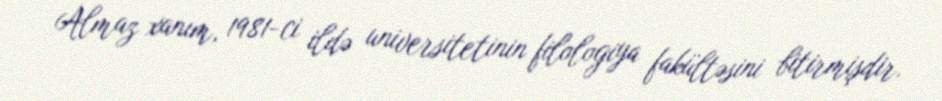
Almaz xanım, 1981-ci ildə universitetinin filologiya fakültəsini bitirmişdir.